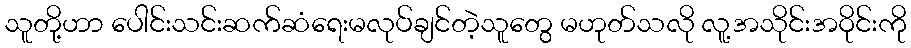
သူတို့ဟာ ပေါင်းသင်းဆက်ဆံရေးမလုပ်ချင်တဲ့သူတွေ မဟုတ်သလို လူ့အသိုင်းအဝိုင်းကို